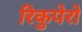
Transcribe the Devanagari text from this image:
रिकुपेरो